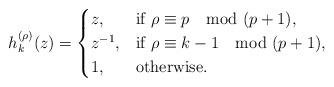
LaTeX: \begin{align*}h_{k}^{(\rho)}(z)=\begin{cases}z, & \mbox{if}\ \rho\equiv p \mod (p+1),\\z^{-1}, & \mbox{if}\ \rho\equiv k-1 \mod (p+1),\\1, & \mbox{otherwise}.\end{cases}\end{align*}